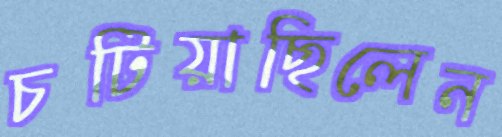
চটিয়াছিলেন